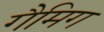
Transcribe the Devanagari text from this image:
गैमिग